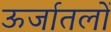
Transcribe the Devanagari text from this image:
ऊर्जातलों